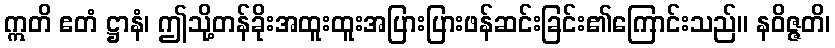
ဣတိ ဧတံ ဋ္ဌာနံ၊ ဤသို့တန်ခိုးအထူးထူးအပြားပြားဖန်ဆင်းခြင်း၏ကြောင်းသည်။ နဝိဇ္ဇတိ၊